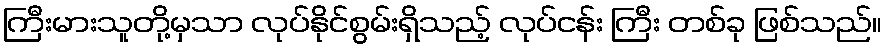
ကြီးမားသူတို့မှသာ လုပ်နိုင်စွမ်းရှိသည့် လုပ်ငန်း ကြီး တစ်ခု ဖြစ်သည်။